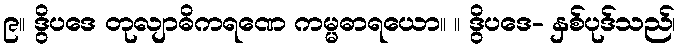
၉။ ဒွိပဒေ တုလျာဓိကရဏေ ကမ္မဓာရယော။ ။ ဒွိပဒေ- နှစ်ပုဒ်သည်၊